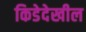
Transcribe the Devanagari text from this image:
किडेदेखील